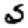
Digit: 3